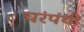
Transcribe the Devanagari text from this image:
चरंपंथी